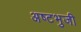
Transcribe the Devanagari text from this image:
अष्‍टभुजी